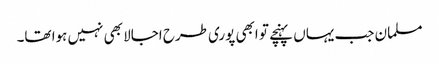
مسلمان جب یہاں پہنچے تو ابھی پوری طرح اجالا بھی نہیں ہوا تھا۔